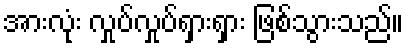
အားလုံး လှုပ်လှုပ်ရှားရှား ဖြစ်သွားသည်။